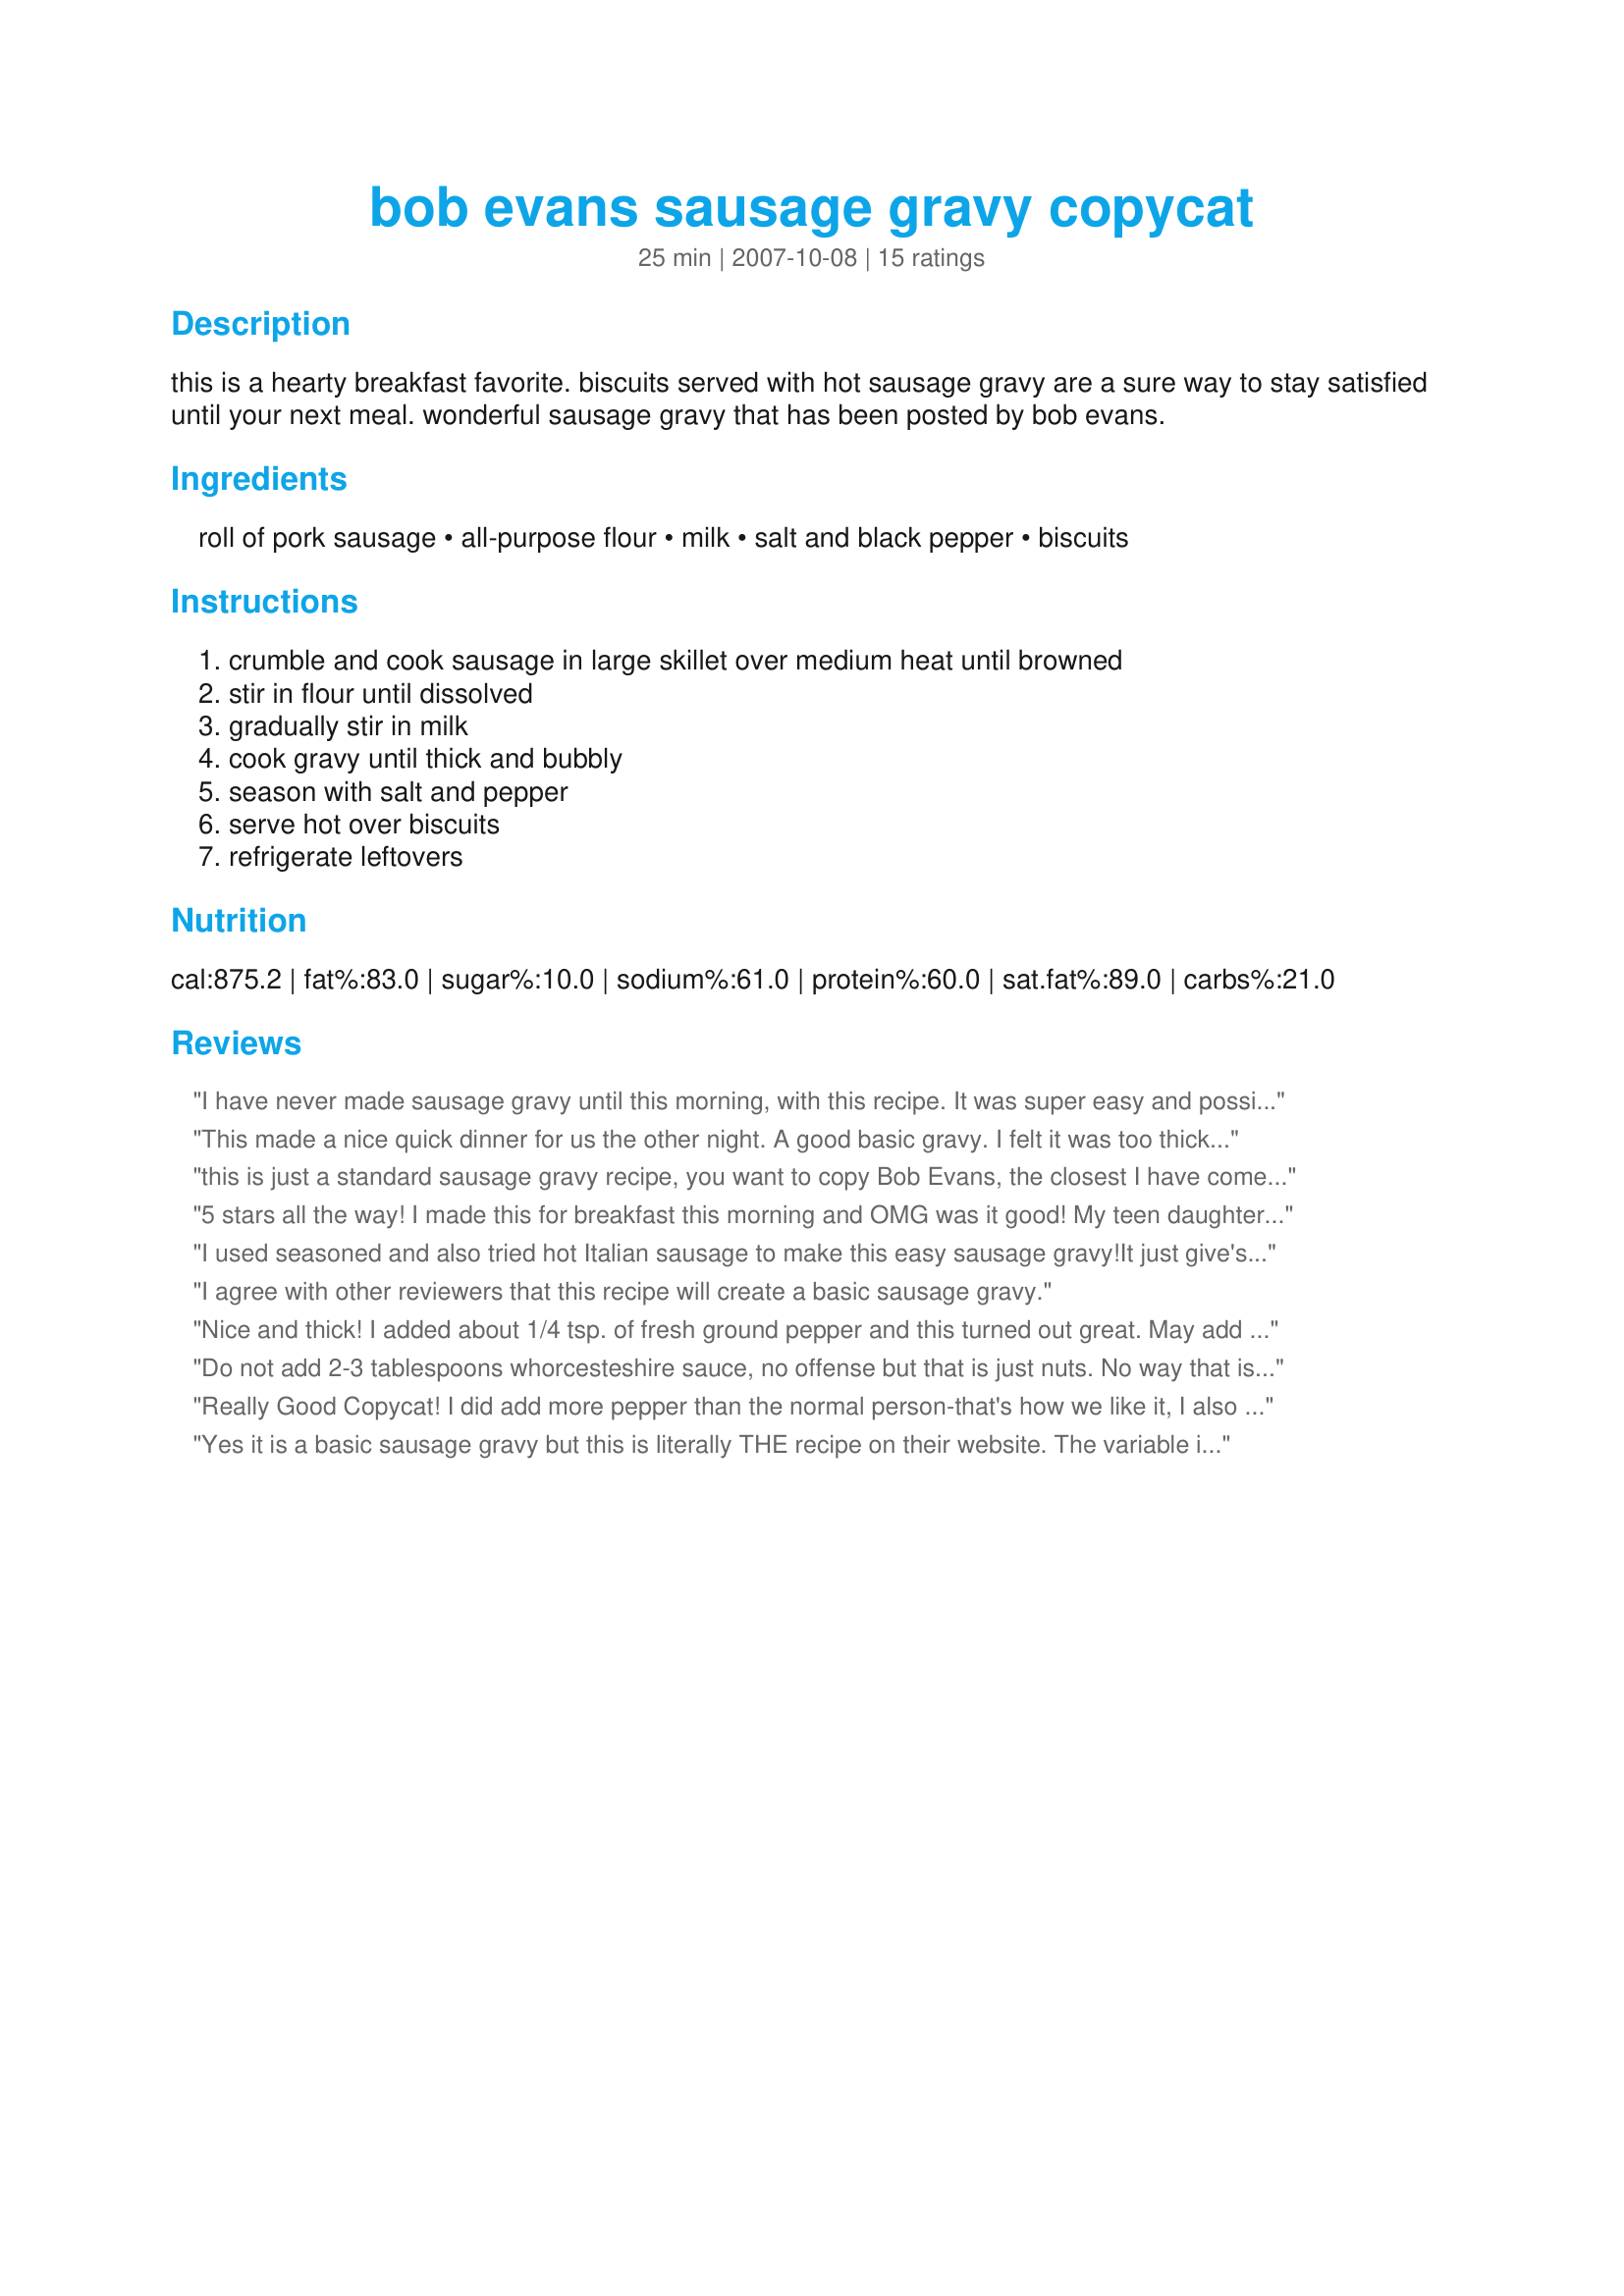
bob evans sausage gravy copycat
Preparation time: 25 minutes

this is a hearty breakfast favorite. biscuits served with hot sausage gravy are a sure way to stay satisfied until your next meal. wonderful sausage gravy that has been posted by bob evans.

Ingredients:
roll of pork sausage, all-purpose flour, milk, salt and black pepper, biscuits

Steps:
crumble and cook sausage in large skillet over medium heat until browned, stir in flour until dissolved, gradually stir in milk, cook gravy until thick and bubbly, season with salt and pepper, serve hot over biscuits, refrigerate leftovers

Reviews:
I have never made sausage gravy until this morning, with this recipe. It was super easy and possibly the best sausage gravy I have ever had. If I had known it was this easy to make an awesome sausage gravy, I would have done it a lot!! :)
This made a nice quick dinner for us the other night. A good basic gravy. I felt it was too thick and ended up adding quite a bit more milk to thin it down. I also added a good bit of pepper to the recipe. i served the gravy with some homemade buttermilk biscuits. We have enough left for another meal. Always good in my book.
this is just a standard sausage gravy recipe, you want to copy Bob Evans, the closest I have come is blend some Paprika into the mix, it gives it the &quot;bite&quot; that Bob&#039;s gravy has. It still isn&#039;t spot on, but it&#039;s damned close.
5 stars all the way! I made this for breakfast this morning and OMG was it good! My teen daughter said this was better than the restaurant. I did make some minor changes based on other reviews by replacing the milk with a mixture of 1 cup heavy cream and 1 can fat-free evaporated milk. I also added about a teaspoon of worcestersire sauce and more fresh ground pepper just as a personal preference. We like our sausage gravy thick, so the amount of liquid I used was about perfect (ok.. i did use a little buttermilk leftover from the "cracker barrel" biscuits I made with this as suggested by another review). Overall, great recipe, family approved and I'll never pay for the restaurant version again.
I used seasoned and also tried hot Italian sausage to make this easy sausage gravy!It just give's it a better flavor rather than just using a roll of pork sausage and black pepper.This sausage gravy is much better if it's made in advance to let the seasonings escape from the seasoned sausage.I also used Bisquick to make the biscuits.
I agree with other reviewers that this recipe will create a basic sausage gravy.
Nice and thick! I added about 1/4 tsp. of fresh ground pepper and this turned out great. May add more milk to thin it out a little next time. Served this with Cracker Barrel Old Country Store Biscuits. Thank you!
Do not add 2-3 tablespoons whorcesteshire sauce, no offense but that is just nuts. No way that is how they get it brownish. That will ruin this dish
Really Good Copycat! I did add more pepper than the normal person-that's how we like it, I also added about 1/4 teaspoon red pepper flakes, and I used reconstituted Evaporated Milk and I have to say, I think that's the missing element.
All around easy to make, great results, happy Husband!
Thanks for Posting!
Yes it is a basic sausage gravy but this is literally THE recipe on their website. The variable is the sausage.
This is a basic sausage gravy recipe. The key ingredient that gives it the little bite and brownish color is worchstire (I add about 2-3 tablespoons)
I love sausage gravy and biscuits. This is a good recipe and yes the variable is the sausage that you use. That affects the flavor a lot so it is up to you whether it is peppery or sweetish etc. Good job.
closest thing to Bob Evans I've had yet. I did have to thin it down a bit with 50% water and 50% heavy cream. I used the heavy cream to add a little more fat to the gravy, since fat equals flavor. Added some cracked black pepper also. My husband said he couldn't tell the difference and is asking for a second bowl of gravy as I type.
This is your basic sausage gravy. I only make brown gravy brown not sausage but for those of you who do like it brown i learned a hillbilly trick just add a half a teaspoon or so of instant coffee. Works perfectly. ??
While this is a good basic recipe for sausage gravy, the name is totally deceiving. Bob Evans sausage gravy has a very unique taste that I have yet to duplicate so this is NOT a &quot;Copycat&quot; recipe.
